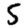
Digit: 5